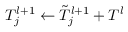
T _ { j } ^ { l + 1 } \gets \tilde { T } _ { j } ^ { l + 1 } + T ^ { l }